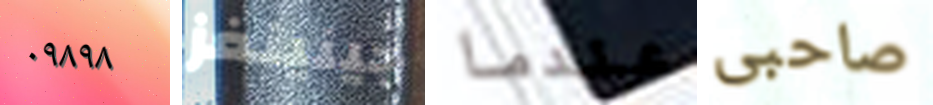
٠٩٨٩٨ جينينغز عندما صاحبى